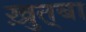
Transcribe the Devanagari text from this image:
ख़ुत़्बा